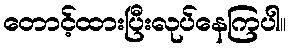
တောင့်ထားပြီးလုပ်နေကြပါ။